Indian Civil Veterinary Department memoirs
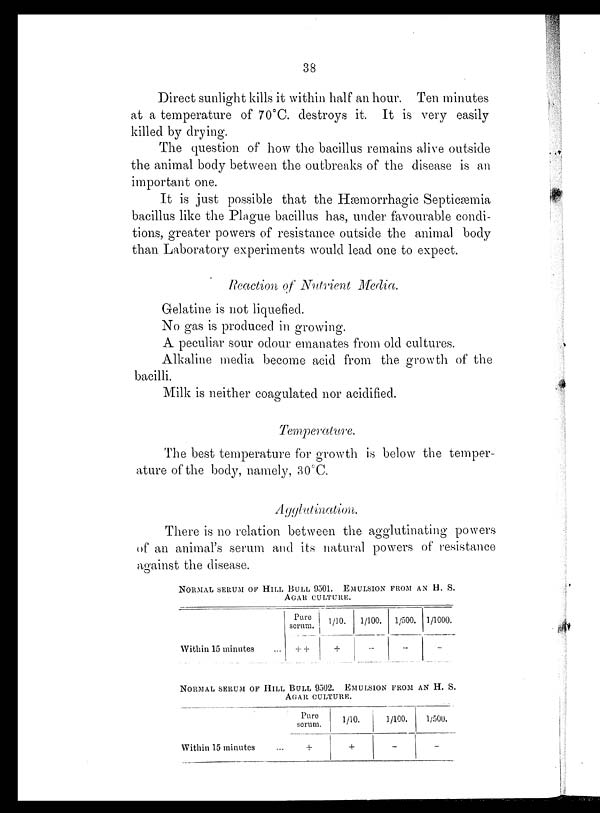
38
Direct sunlight kills it within half an hour. Ten minutes
at a temperature of 70°C. destroys it. It is very easily
killed by drying.
The question of how the bacillus remains alive outside
the animal body between the outbreaks of the disease is an
important one.
It is just possible that the Hæmorrhagic Septicæmia
bacillus like the Plague bacillus has, under favourable condi-
tions, greater powers of resistance outside the animal body
than Laboratory experiments would lead one to expect.
Reaction of Nutrient Media.
Gelatine is not liquefied.
No gas is produced in growing.
A peculiar sour odour emanates from old cultures.
Alkaline media become acid from the growth of the
bacilli.
Milk is neither coagulated nor acidified.
Temperature.
The best temperature for growth is below the temper-
ature of the body, namely, 30°C.
Agglutination.
There is no relation between the agglutinating powers
of an animal's serum and its natural powers of resistance
against the disease.
NORMAL SERUM OF HILL BULL 9501. EMULSION FROM AN H. S.
AGAR
CULTURE.
Within 15 minutes ...
Pure
serum.
+ +
1/10.
+
1/100.
-
1/500.
-
1/1000.
-
NORMAL SERUM OF HILL BULL 9502. EMULSION FROM AN H. S.
AGAR CULTURE.
Within 15 minutes ...
Pure
serum.
+
1/10.
+
1/100.
-
1/500.
-